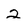
Character: 2